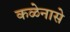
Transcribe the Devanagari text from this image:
कळेनासे